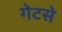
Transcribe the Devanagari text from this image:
गेटसे